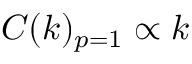
C ( k ) _ { p = 1 } \propto k